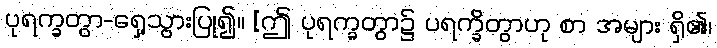
ပုရက္ခတွာ-ရှေ့သွားပြု၍။ [ဤ ပုရက္ခတွာ၌ ပရက္ခိတွာဟု စာ အများ ရှိ၏၊